Annual report on the working of the Harcourt Butler Institute of Public Health, Rangoon
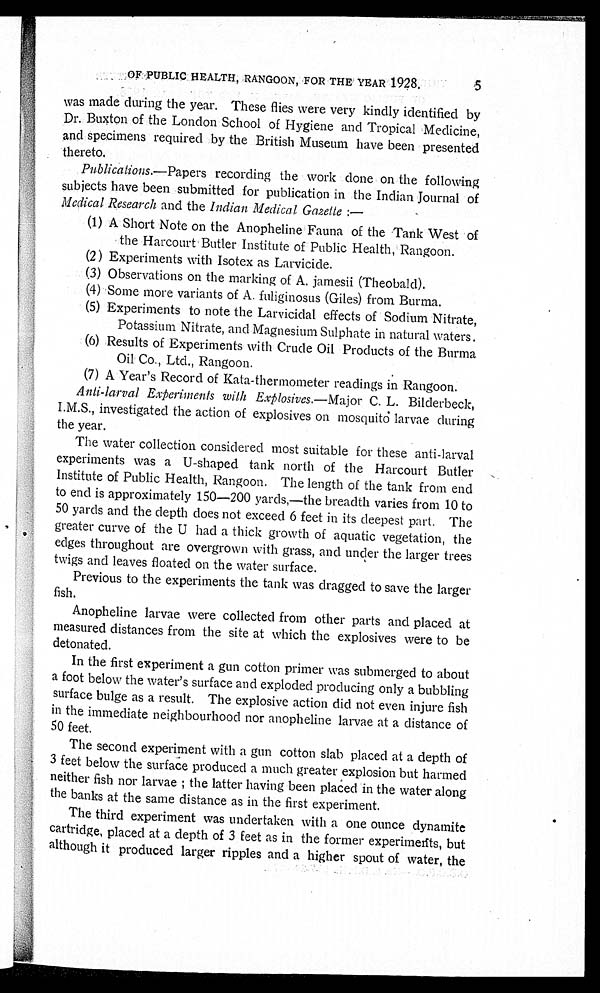
OF PUBLIC HEALTH, RANGOON, FOR THE YEAR 1928.
was made during the year. These flies were very kindly identified by
Dr. Buxton of the London School of Hygiene and Tropical Medicine,
and specimens required by the British Museum have been presented
thereto.
Publications.—Papers recording the work done on the following
subjects have been submitted for publication in the Indian Journal of
Medical Research and the Indian Medical Gazette : —
(1) A Short Note on the Anopheline Fauna of the Tank West of
the Harcourt Butler Institute of Public Health, Rangoon.
(2) Experiments with Isotex as Larvicide.
(3) Observations on the marking of A. jamesii (Theobald).
(4) Some more variants of A. fuliginosus (Giles) from Burma.
(5) Experiments to note the Larvicidal effects of Sodium Nitrate,
Potassium Nitrate, and Magnesium Sulphate in natural waters
.
(6) Results of Experiments with Crude Oil Products of the Burma
Oil Co., Ltd., Rangoon.
(7) A Year's Record of Kata-thermometer readings in Rangoon.
Anti-larval Experiments with Explosives.— Major C. L. Bilderbeck,
I.M.S., investigated the action of explosives on mosquito larvae during
the year.
The water collection considered most suitable for these anti-larval
experiments was a U-shaped tank north of the Harcourt Butler
Institute of Public Health, Rangoon. The length of the tank from end
to end is approximately 150—200 yards,—the breadth varies from 10 to
50 yards and the depth does not exceed 6 feet in its deepest part. The
greater curve of the U had a thick growth of aquatic vegetation, the
edges throughout are overgrown with grass, and under the larger trees
twigs and leaves floated on the water surface.
Previous to the experiments the tank was dragged to save the larger
fish.
Anopheline larvae were collected from other parts and placed at
measured distances from the site at which the explosives were to be
detonated.
In the first experiment a gun cotton primer was submerged to about
a foot below the water's surface and exploded producing only a bubbling
surface bulge as a result. The explosive action did not even injure fish
in the immediate neighbourhood nor anopheline larvae at a distance of
50 feet.
The second experiment with a gun cotton slab placed at a depth of
3 feet below the surface produced a much greater explosion but harmed
neither fish nor larvae ; the latter having been placed in the water along
the banks at the same distance as in the first experiment.
The third experiment was undertaken with a one ounce dynamite
cartridge, placed at a depth of 3 feet as in the former experiments, but
although it produced larger ripples and a higher spout of water, th
e
5